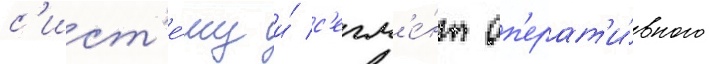
с'ист'е́му и́ с'егм'е́нт оп'ерат'и́вного